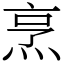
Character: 烹